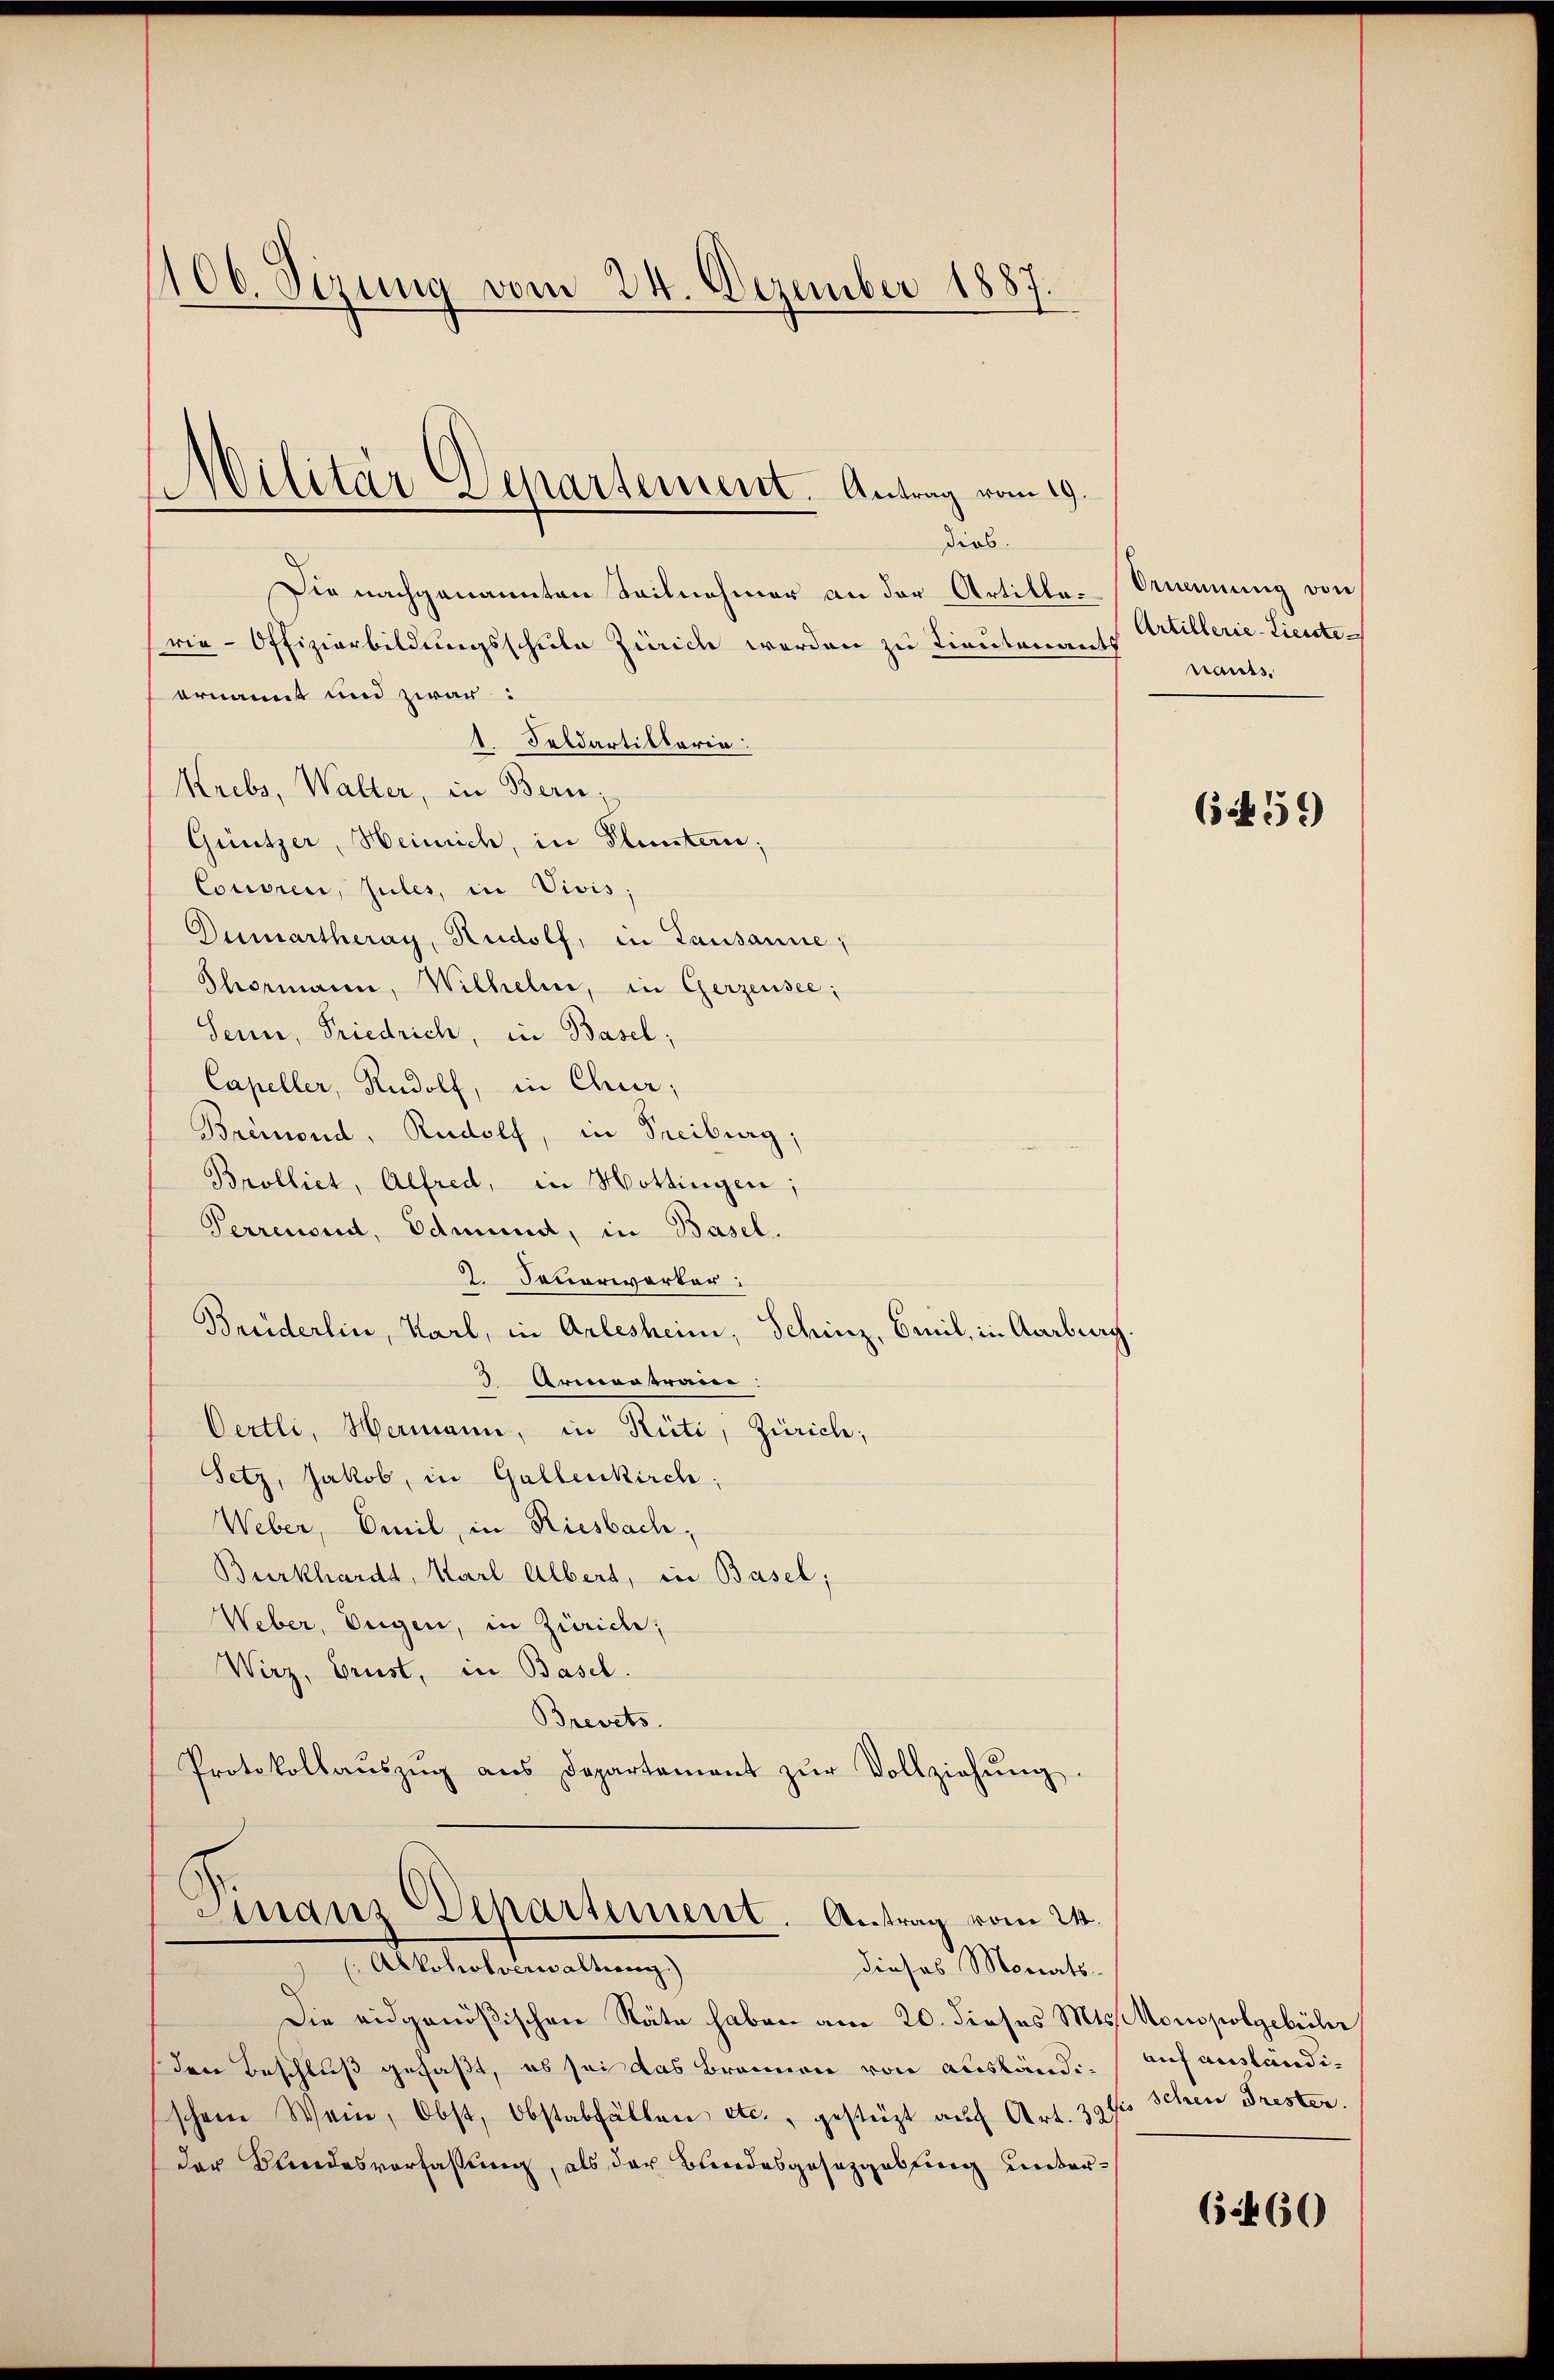
106. Sizung vom 24. Dezember 1887.

Militär Separtement. Antrag vom 19.
diob.

Die nachgenannten Teilnehmer an der Artille-Nennung von
rie-Offizierbildungsschule Zürich werden zu Lieutenants
ornannt und zwar:
1. Feldartillaria
Krebs, Walter, in Bern;
Güntzer, Heinrich, in Pluntern;
Cocioren, zules, in Vivis;
Dumartheray, Rudolf, in Lausanne;
Thormann, Wilhelm, in Gerzensee,
Senn, Friedrich, in Basel;
Capeller, Rudolf, in Chur,
Bremond, Rudolf, in Freiburg,
Brolliet, Alfred, in Hottingen;
Perrenoud, Edmund, in Basel.
2. Taverwarter:
Beeiderlin, Karl, in Arlesheim, Schinz, Smil, in Aarburg.
3 Armantrain:
Oertli, Hermann, in Rüti, Zürich;
Setz, Jakob, in Gallenkirch
Weber, Emil, in Riesbach,
Burkhardt, Karl Albert, in Basel;
Weber, Eugen, in Zürich;
Wirz, Grust, in Basel.
Brevets.
Protokollaŭszŭg aŭs Departement zŭr Vollziehŭng.
Finanz Departement. Antrag vom 24.
(Abkoholverwaltung.)
Jioses Monats¬
Die eidgenößischen Stäte haben am 20. dieses Mts. Monopolgebühr
den Beschluß gefaßt, es sei das Brennen von ausländischem Wein, Obst, Obstabfällen etc., gestüzt auf Art. 391
der Bundesverfassung, als der Bundesgesezgabfing unter¬

Artillerie-Liestenants.

652659

auf auslandischen Trester.

(55460